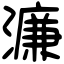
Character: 濂